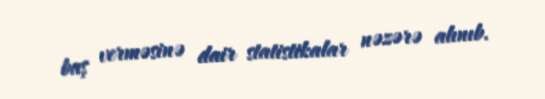
baş verməsinə dair statistikalar nəzərə alınıb.